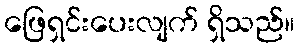
ဖြေရှင်းပေးလျက် ရှိသည်။